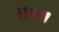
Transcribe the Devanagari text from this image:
।।८॥